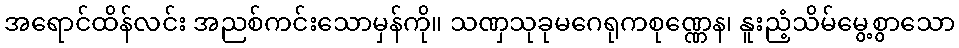
အရောင်ထိန်လင်း အညစ်ကင်းသောမှန်ကို။ သဏှသုခုမဂေရုကစုဏ္ဏေန၊ နူးညံ့သိမ်မွေ့စွာသော